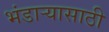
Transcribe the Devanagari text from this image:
भंडार्‍यासाठी